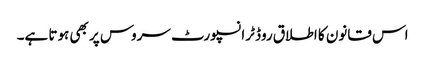
اس قانون کا اطلاق روڈ ٹرانسپورٹ سروس پر بھی ہوتا ہے۔